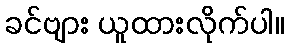
ခင်ဗျား ယူထားလိုက်ပါ။